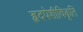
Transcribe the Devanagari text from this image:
हृदपेशीविकृति